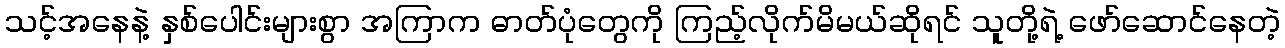
သင့်အနေနဲ့ နှစ်ပေါင်းများစွာ အကြာက ဓာတ်ပုံတွေကို ကြည့်လိုက်မိမယ်ဆိုရင် သူတို့ရဲ့ ဖော်ဆောင်နေတဲ့